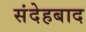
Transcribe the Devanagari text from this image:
संदेहबाद